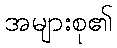
အများစု၏